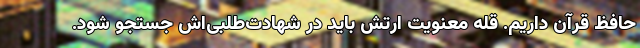
حافظ قرآن داریم. قله معنویت ارتش باید در شهادت‌طلبی‌اش جستجو شود.